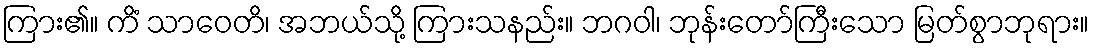
ကြား၏။ ကိံ သာဝေတိ၊ အဘယ်သို့ ကြားသနည်း။ ဘဂဝါ၊ ဘုန်းတော်ကြီးသော မြတ်စွာဘုရား။